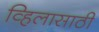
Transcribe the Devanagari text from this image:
व्हिलासाठी